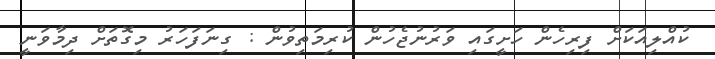
ކުއްލިއަކަށް ފިރިހެން ހަށީގައި ވަރުނުޖެހުން ކުރިމަތިވުން : ގިނަފަހަރު މިގޮތަށް ދިމާވަނީ